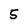
Character: 5